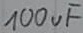
Text: 100uF